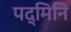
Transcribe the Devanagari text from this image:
पद्मिनि